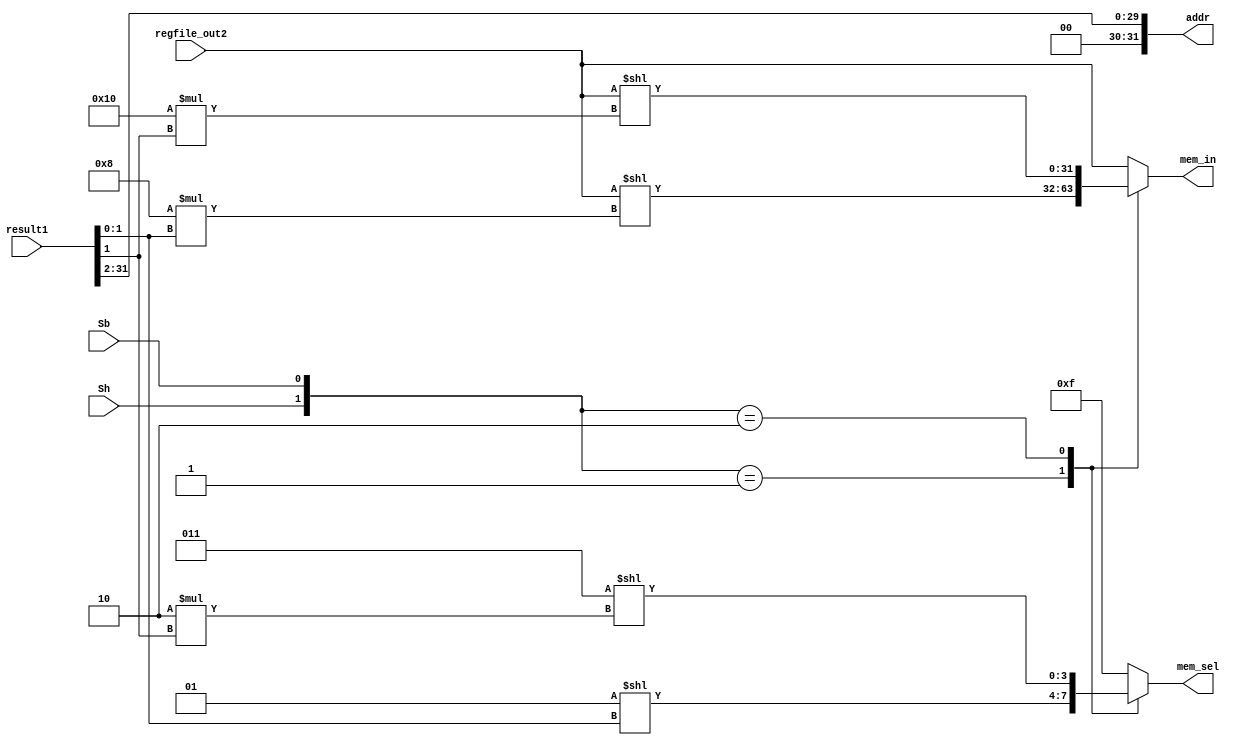
`timescale 1ns / 1ps
//////////////////////////////////////////////////////////////////////////////////
// Version: 2.21 1000
//
//
//////////////////////////////////////////////////////////////////////////////////


module RamInputAdapter
#(
    parameter  ADDR_BITS = 32,  //Ram
    parameter  DATA_BITS = 32   //Ram
)
(
    input wire [31:0] result1,  //Alu
    input wire [31:0] regfile_out2, //Regfile
    input wire Sh,  //Sh
    input wire Sb,  //Sb
    output wire [ADDR_BITS - 1:0] addr, //Ram
    output reg [DATA_BITS - 1:0] mem_in,    //Ram
    output reg [3:0] mem_sel    //Ram
);
    wire [1:0] HB;
    assign HB = {Sh, Sb};
    assign addr = (result1 >> 2);
    always @ * begin
        case(HB)
            2'b00:  mem_in <= regfile_out2;
            2'b01:  mem_in <= ( regfile_out2 << (8 * (result1[1:0]) ) );
            2'b10:  mem_in <= ( regfile_out2 << (16 * (result1[1]) ) );
            default: mem_in <= regfile_out2;
        endcase
    end
    always @ * begin
        case(HB)
            2'b00:  mem_sel <= 4'hf;
            2'b01:  mem_sel <= (1 << (result1[1:0]) );
            2'b10:  mem_sel <= (3 << (2 * (result1[1]) ) );
            default: mem_sel <= 4'hf;
        endcase
    end
endmodule